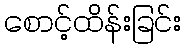
စောင့်ထိန်းခြင်း